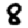
Digit: 8